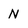
Character: N